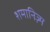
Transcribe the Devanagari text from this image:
शमानिज़्म